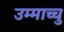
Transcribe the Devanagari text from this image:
उम्माच्चु